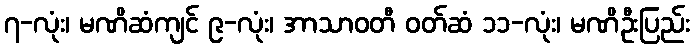
၇-လုံး၊ မဏိဆံကျင် ၉-လုံး၊ အာသာဝတီ ဝတ်ဆံ ၁၁-လုံး၊ မဏိဦးပြည်း